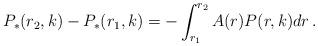
LaTeX: \begin{align*}P_*(r_2,k)-P_*(r_1,k)=-\int_{r_1}^{r_2}A(r)P(r,k)dr\,.\end{align*}